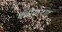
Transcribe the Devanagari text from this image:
बंधीकरण